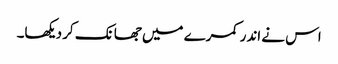
اس نے اندر کمرے میں جھانک کر دیکھا۔